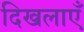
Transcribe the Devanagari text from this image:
दिखलाएँ